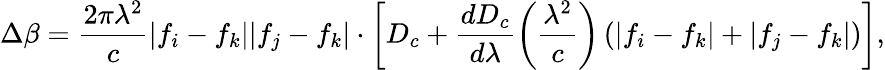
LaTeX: \Delta\beta=\frac{2\pi\lambda^{2}}{c}\lvert f_{i}-f_{k}\rvert\lvert f_{j}-f_{k}\rvert\cdot\left[D_{c}+\frac{dD_{c}}{d\lambda}\left(\frac{\lambda^{2}}{c}\right)\left(\lvert f_{i}-f_{k}\rvert+\lvert f_{j}-f_{k}\rvert\right)\right],